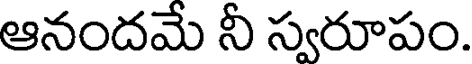
ఆనందమే నీ స్వరూపం.